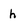
Character: h